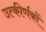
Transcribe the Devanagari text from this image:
उत्‍कीर्णकों